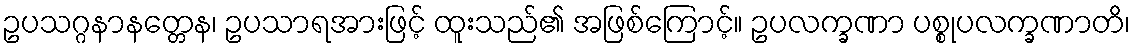
ဥပသဂ္ဂနာနတ္တေန၊ ဥပသာရအားဖြင့် ထူးသည်၏ အဖြစ်ကြောင့်။ ဥပလက္ခဏာ ပစ္စုပလက္ခဏာတိ၊